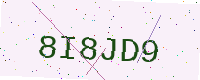
Text: 8I8JD9